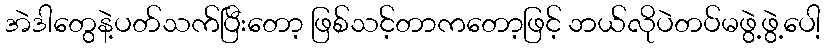
အဲဒါတွေနဲ့ပတ်သက်ပြီးတော့ ဖြစ်သင့်တာကတော့ဖြင့် ဘယ်လိုပဲတပ်မဖွဲ့ဖွဲ့ပေါ့